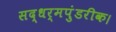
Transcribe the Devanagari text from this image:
सद्धर्मपुंडरीक।